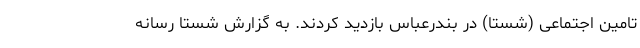
تامین اجتماعی (شستا) در بندرعباس بازديد كردند. به گزارش شستا رسانه